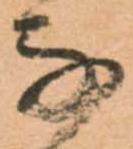
な